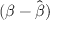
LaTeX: ( { \boldsymbol { \beta } } - { \hat { \boldsymbol { \beta } } } )